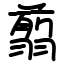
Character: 翦